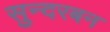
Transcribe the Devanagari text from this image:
सुन्दरबन